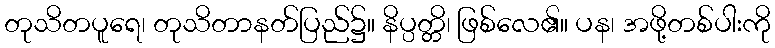
တုသိတပူရေ၊ တုသိတာနတ်ပြည်၌။ နိပ္ပတ္တိ၊ ဖြစ်လေ၏။ ပန၊ အဖို့တစ်ပါးကို